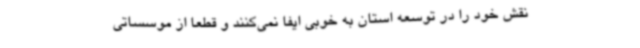
نقش خود را در توسعه استان به خوبی ایفا نمی‌کنند و قطعا از موسساتی